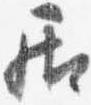
居